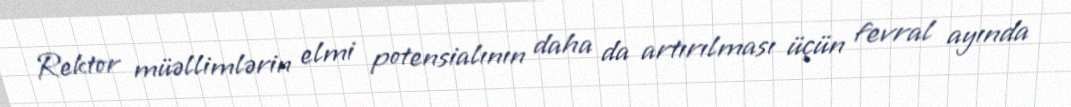
Rektor müəllimlərin elmi potensialının daha da artırılması üçün fevral ayında